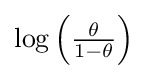
{\textstyle \log \left({\theta  \over 1-\theta }\right)}